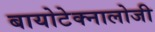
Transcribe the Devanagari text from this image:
बायोटेक्नालोजी